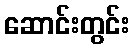
ဆောင်းတွင်း